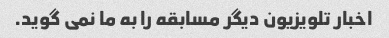
اخبار تلویزیون دیگر مسابقه را به ما نمی گوید.